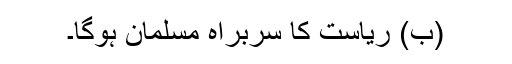
(ب) ریاست کا سربراہ مسلمان ہوگا۔